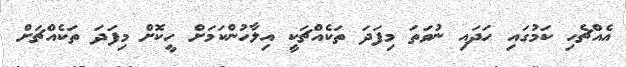
އެއްޗެހި ކަމުގައި ހަދައި ނުވަތަ މިފަދަ ތަކެއްޗަކީ އިލާހުންކަމަށް ހީކޮށް މިފަދަ ތަކެއްޗަށް